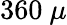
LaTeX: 360~\mu